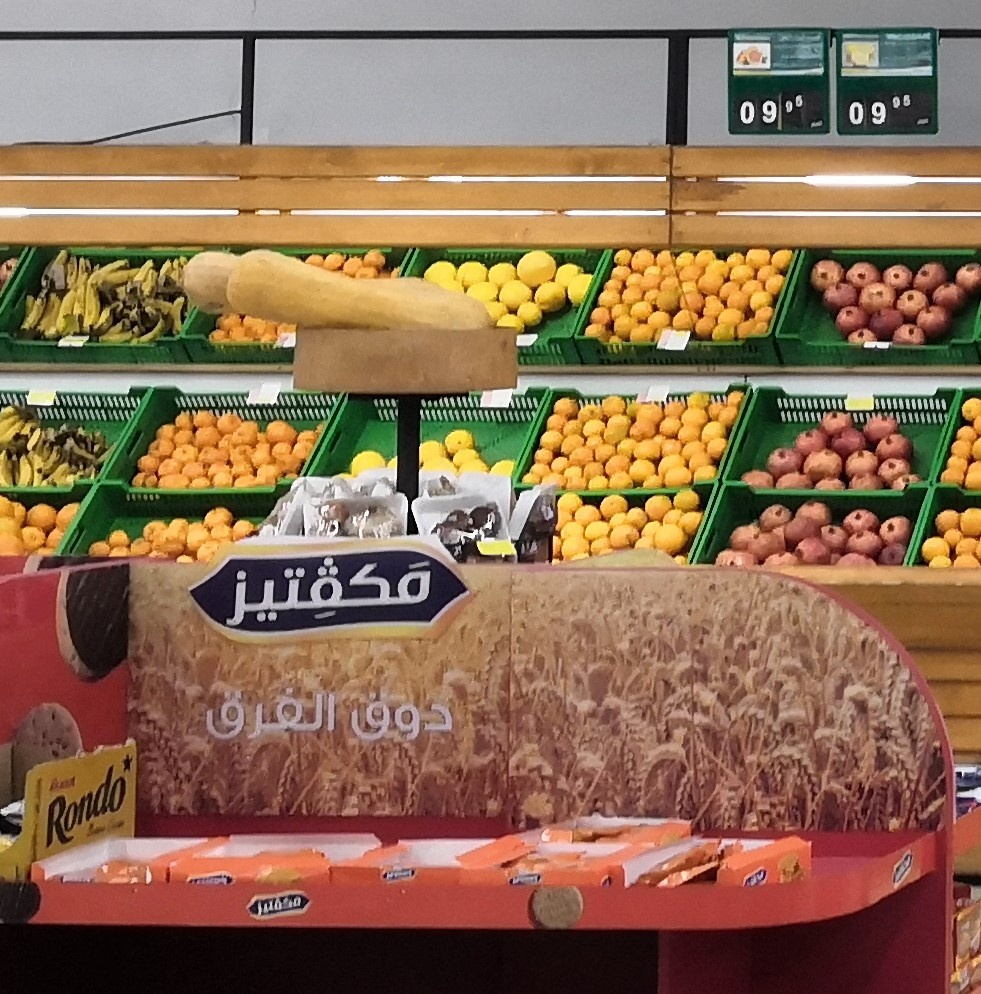
Text in image: مكفتيز الفرق دوق مكفتيز 09 09 Rondo